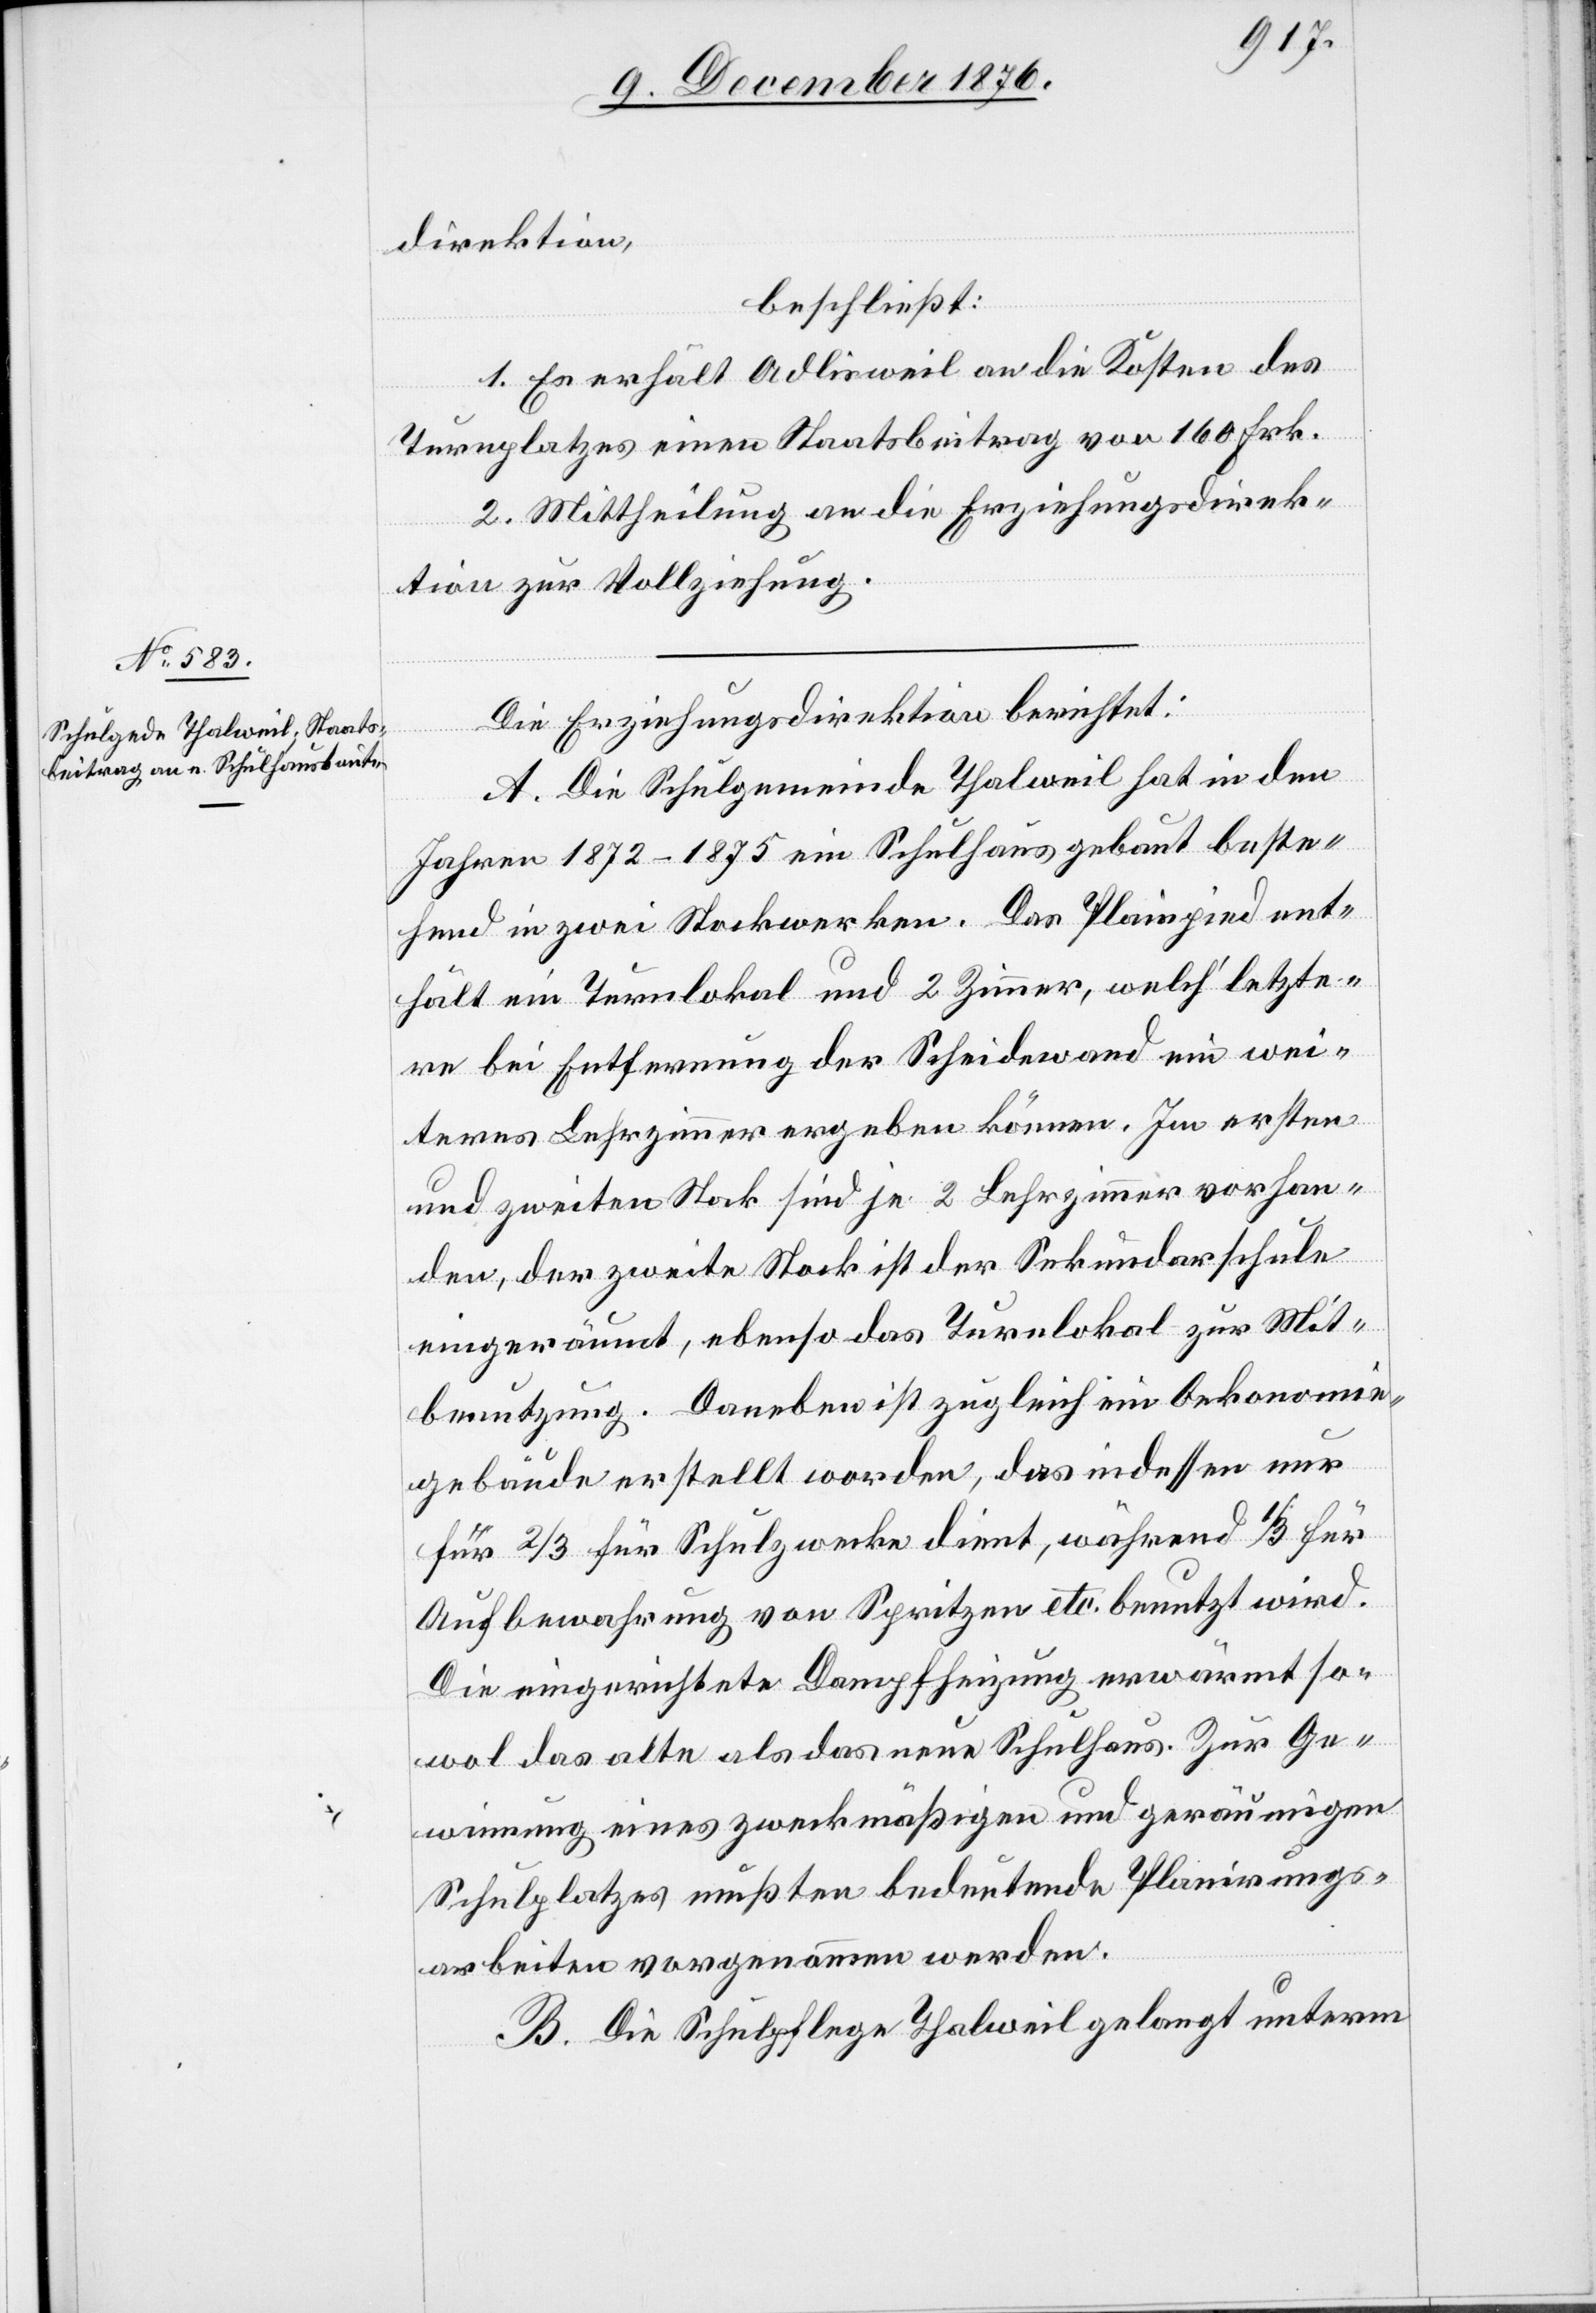
direktion,
beschließt:
1. Es erhält Adlisweil an die Kosten des
Turnplatzes einen Staatsbeitrag von 160 Frk.
2. Mittheilung an die Erziehungsdirek¬
tion zur Vollziehung.